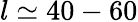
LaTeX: l\simeq 40-60